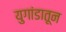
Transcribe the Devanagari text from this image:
युगांडातून